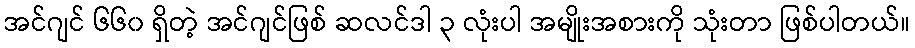
အင်ဂျင် ၆၆၀ ရှိတဲ့ အင်ဂျင်ဖြစ် ဆလင်ဒါ ၃ လုံးပါ အမျိုးအစားကို သုံးတာ ဖြစ်ပါတယ်။